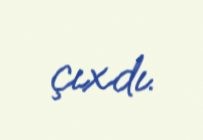
çıxdı.